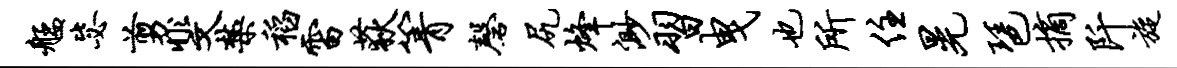
艋毖剪斐禁稻雷荻箐磬尻烽渺习曳也所住晃琶摘阡旋